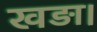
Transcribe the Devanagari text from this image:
खड़ा।